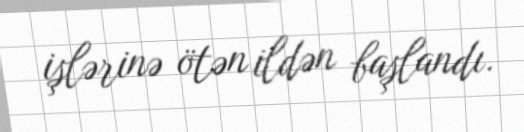
işlərinə ötən ildən başlandı.